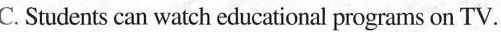
C. Students can watch educational programs on TV.